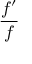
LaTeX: \frac { f ^ { \prime } } { f }